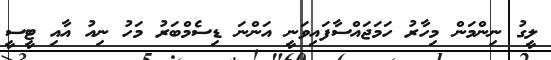
ލީގު ނިންމަން މިހާރު ހަމަޖައްސާފައިވަނީ އަންނަ ޑިސެމްބަރު މަހު ނިއު އާއި ޓީސީ